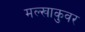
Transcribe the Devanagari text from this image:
मल्खाकुवर